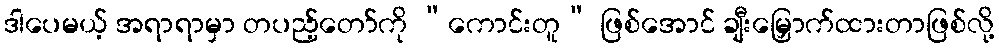
ဒါပေမယ့် အရာရာမှာ တပည့်တော်ကို “ကောင်းတူ” ဖြစ်အောင် ချီးမြှောက်ထားတာဖြစ်လို့